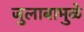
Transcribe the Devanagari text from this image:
जुलाबामुळे